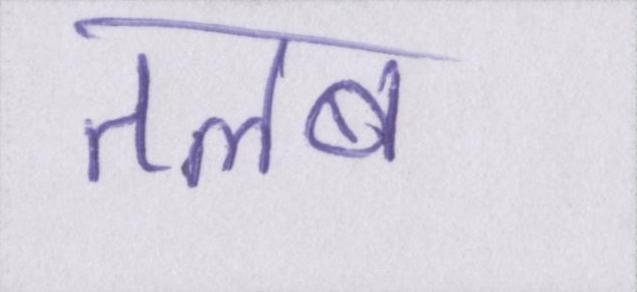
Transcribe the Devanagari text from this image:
तलब